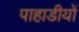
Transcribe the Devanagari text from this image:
पाहाडीयों